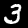
Digit: 3